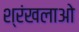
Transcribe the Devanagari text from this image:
श्रंखलाओ